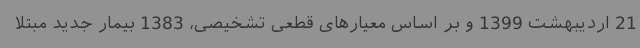
21 اردیبهشت 1399 و بر اساس معیارهای قطعی تشخیصی، 1383 بیمار جدید مبتلا